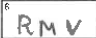
Transcription: RMV